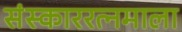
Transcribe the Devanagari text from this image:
संस्काररत्नमाला